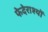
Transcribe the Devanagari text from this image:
फेदेराश्यों